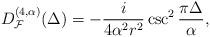
LaTeX: \begin{align*}D_{{\cal F}}^{(4, \alpha)}(\Delta) =-\frac{i}{4 \alpha^2 r^{2}}\csc ^{2}\frac{\pi \Delta}{\alpha} ,\end{align*}